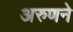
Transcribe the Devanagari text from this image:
अरुणने